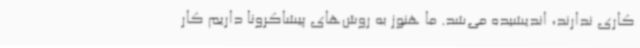
کاری ندارند، اندیشیده می‌شد. ما هنوز به روش‌های پیشاکرونا داریم کار